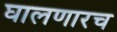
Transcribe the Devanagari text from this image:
घालणारच